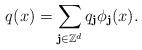
LaTeX: \begin{align*}q(x)=\sum_{\textbf{j}\in\mathbb{Z}^d}q_\textbf{j}\phi_\textbf{j}(x).\end{align*}